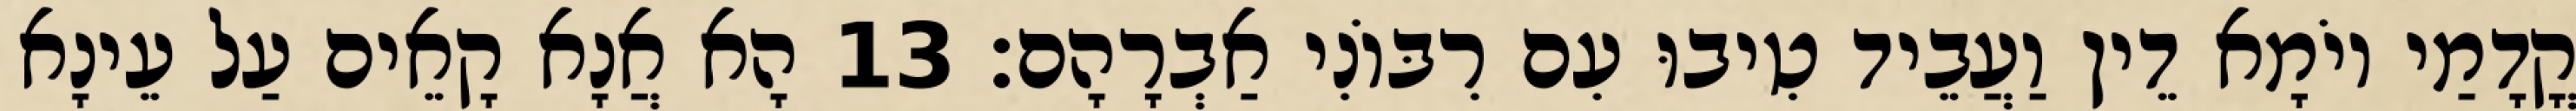
קֳדָמַי יוֹמָא דֵין וַעֲבֵיד טִיבוּ עִם רִבּוֹנִי אַבְרָהָם׃ 13 הָא אֲנָא קָאֵים עַל עֵינָא